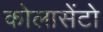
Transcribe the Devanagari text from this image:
कोलासेंटो